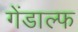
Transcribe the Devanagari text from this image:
गेंडाल्फ